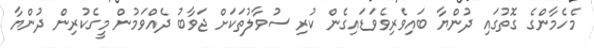
މެހެމާންގެ ގޮތުގައި ދުންޔާ ބައިވެރިވެވަޑައިގެން ކުރި ސުވާލުތަކަށް ޖަވާބު ދެއްވަމުން މީގެކުރިން ދުންޔާ